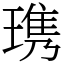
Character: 㻪